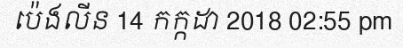
ប៉េងលីន 14 កក្កដា 2018 02:55 pm